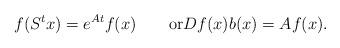
LaTeX: \begin{align*}f(S^tx)=e^{At}f(x)\qquad\textrm{or}Df(x)b(x)=Af(x).\end{align*}